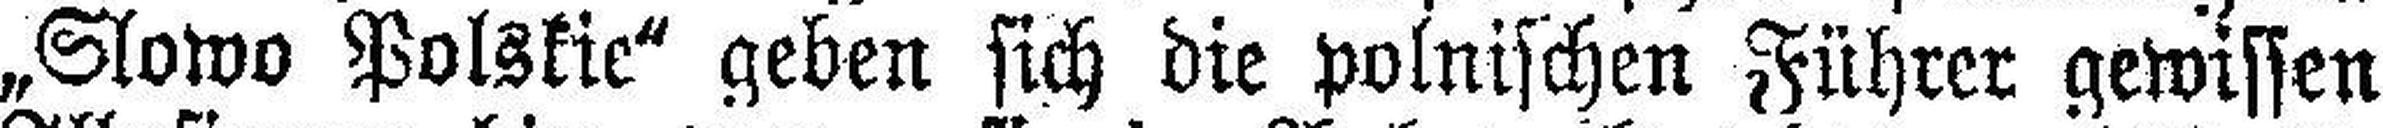
„Slowo Polskie“ geben sich die polnischen Führer gewissen